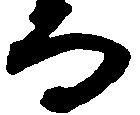
而